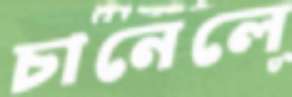
চানেলে